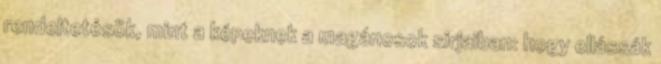
rendeltetésök, mint a képeknek a magánosok sirjaiban: hogy ellássák